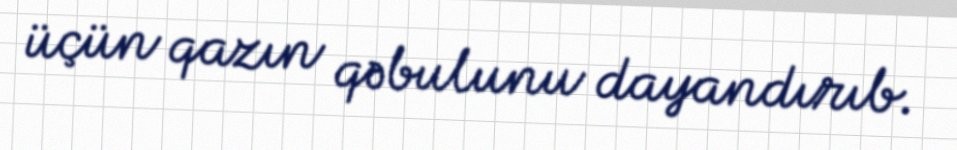
üçün qazın qəbulunu dayandırıb.